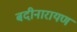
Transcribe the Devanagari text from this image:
बदीनारायण